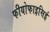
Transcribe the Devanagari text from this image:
फीयोफाइसिई